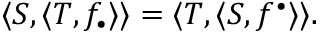
\langle S , \langle T , f _ { \bullet } \rangle \rangle = \langle T , \langle S , f ^ { \bullet } \rangle \rangle .